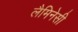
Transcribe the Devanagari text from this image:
लैमिनेसी